Report of the Indian Hemp Drugs Commission, 1894-1895 - Volume V
Year: 1894
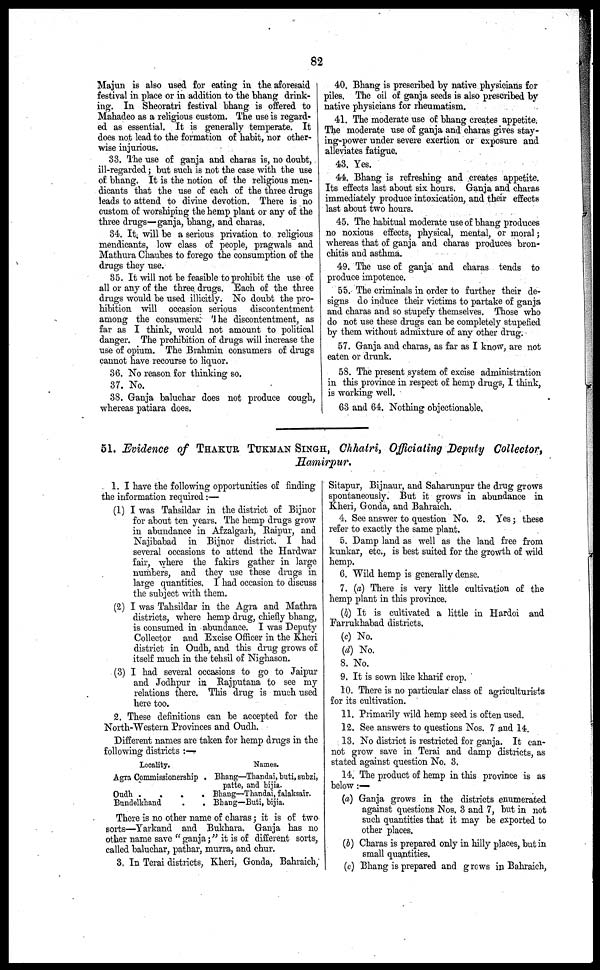
82
Majun is also used for eating in the aforesaid
festival in place or in addition to the bhang drink-
ing. In Sheoratri festival bhang is offered to
Mahadeo as a religious custom. The use is regard-
ed as essential. It is generally temperate. It
does not lead to the formation of habit, nor other-
wise injurious.
33. The use of ganja and charas is, no doubt,
ill-regarded ; but such is not the case with the use
of bhang. It is the notion of the religious men-
dicants that the use of each of the three drugs
leads to attend to divine devotion. There is no
custom of worshiping the hemp plant or any of the
three drugs—ganja, bhang, and charas.
34. It, will be a serious privation to religious
mendicants, low class of people, pragwals and
Mathura Chaubes to forego the consumption of the
drugs they use.
35. It will not be feasible to prohibit the use of
all or any of the three drugs. Each of the three
drags would be used illicitly. No doubt the pro-
hibition will occasion serious discontentment
among the consumers. The discontentment, as
far as I think, would not amount to political
danger. The prohibition of drugs will increase the
use of opium. The Brahmin consumers of drugs
cannot have recourse to liquor.
36. No reason for thinking so.
37. No.
38. Ganja baluchar does not produce cough,
whereas patiara does.
40. Bhang is prescribed by native physicians for
piles. The oil of ganja seeds is also prescribed by
native physicians for rheumatism.
41. The moderate use of bhang creates appetite.
The moderate use of ganja and charas gives stay-
ing-power under severe exertion or exposure and
alleviates fatigue.
43. Yes.
44. Bhang is refreshing and creates appetite.
Its effects last about six hours. Ganja and charas
immediately produce intoxication, and their effects
last about two hours.
45. The habitual moderate use of bhang produces
no noxious effects, physical, mental, or moral;
whereas that of ganja and charas produces bron-
chitis and asthma.
49. The use of ganja and charas tends to
produce impotence.
55. The criminals in order to further their de-
signs do induce their victims to partake of ganja
and charas and so stupefy themselves. Those who
do not use these drugs can be completely stupefied
by them without admixture of any other drug.
57. Ganja and charas, as far as I know, are not
eaten or drunk.
58. The present system of excise administration
in this province in respect of hemp drugs, I think,
is working well.
63 and 64. Nothing objectionable.
51. Evidence of THAKUR TUKMAN SINGH, Chhatri, Officiating Deputy Collector,
Hamirpur.
1. I have the following opportunities of finding
the information required:—
(1) I was Tahsildar in the district of Bijnor
for about ten years. The hemp drugs grow
in abundance in Afzalgarh, Raipur, and
Najibabad in Bijnor district. I had
several occasions to attend the Hardwar
fair, where the fakirs gather in large
numbers, and they use these drugs in
large quantities. I had occasion to discuss
the subject with them.
(2) I was Tahsildar in the Agra and Mathra
districts, where hemp drug, chiefly bhang,
is consumed in abundance. I was Deputy
Collector and Excise Officer in the Kheri
district in Oudh, and this drug grows of
itself much in the tehsil of Nighason.
(3) I had several occasions to go to Jaipur
and Jodhpur in Rajputana to see my
relations there. This drug is much used
here too.
2. These definitions can be accepted for the
North-Western Provinces and Oudh.
Different names are taken for hemp drugs in the
following districts :—
Locality.
Agra Commissionership .
Oudh
.
.
.
.
Bundelkhand
.
.
Names.
Bhang—Thandai, buti, subzi,
patto, and bijia.
Bhang—Thandai, falaksair.
Bhang—Buti, bijia.
There is no other name of charas ; it is of two
sorts—Yarkand and Bukhara. Ganja has no
other name save " ganja ;" it is of different sorts ,
called baluchar, pathar, murra, and chur.
3. In Terai districts, Kheri, Gonda, Bahraich,
Sitapur, Bijnaur, and Saharunpur the drug grows
spontaneously. But it grows in abundance in
Kheri, Gonda, and Bahraich.
4. See answer to question No. 2. Yes ; these
refer to exactly the same plant.
5. Damp land as well as the land free from
kunkar, etc., is best suited for the growth of wild
hemp.
6. Wild hemp is generally dense.
7. (a) There is very little cultivation of the
hemp plant in this province.
(b) It is cultivated a little in Hardoi and
Farrukhabad districts.
(c) No.
(d) No.
8. No.
9. It is sown like kharif crop.
10. There is no particular class of agriculturists
for its cultivation.
11. Primarily wild hemp seed is often used.
12. See answers to questions Nos. 7 and 14.
13. No district is restricted for ganja. It can-
not grow save in Terai and damp districts, as
stated against question No. 3.
14. The product of hemp in this province is as
below :—
(a) Ganja grows in the districts enumerated
against questions Nos. 3 and 7, but in not
such quantities that it may be exported to
other places.
(b) Charas is prepared only in hilly places, but in
small quantities.
(c) Bhang is prepared and grows in Bahraich,